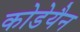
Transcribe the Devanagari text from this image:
कोडेयैन